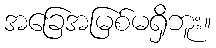
အခြေအမြစ်မရှိဘူး။